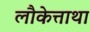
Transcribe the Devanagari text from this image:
लौकेत्ताथा